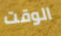
الوقت